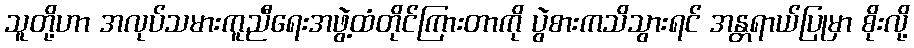
သူတို့ဟာ အလုပ်သမားကူညီရေးအဖွဲ့ထံတိုင်ကြားတာကို ပွဲစားကသိသွားရင် အန္တရာယ်ပြုမှာ စိုးလို့